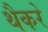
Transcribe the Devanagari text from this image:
थैैकरे